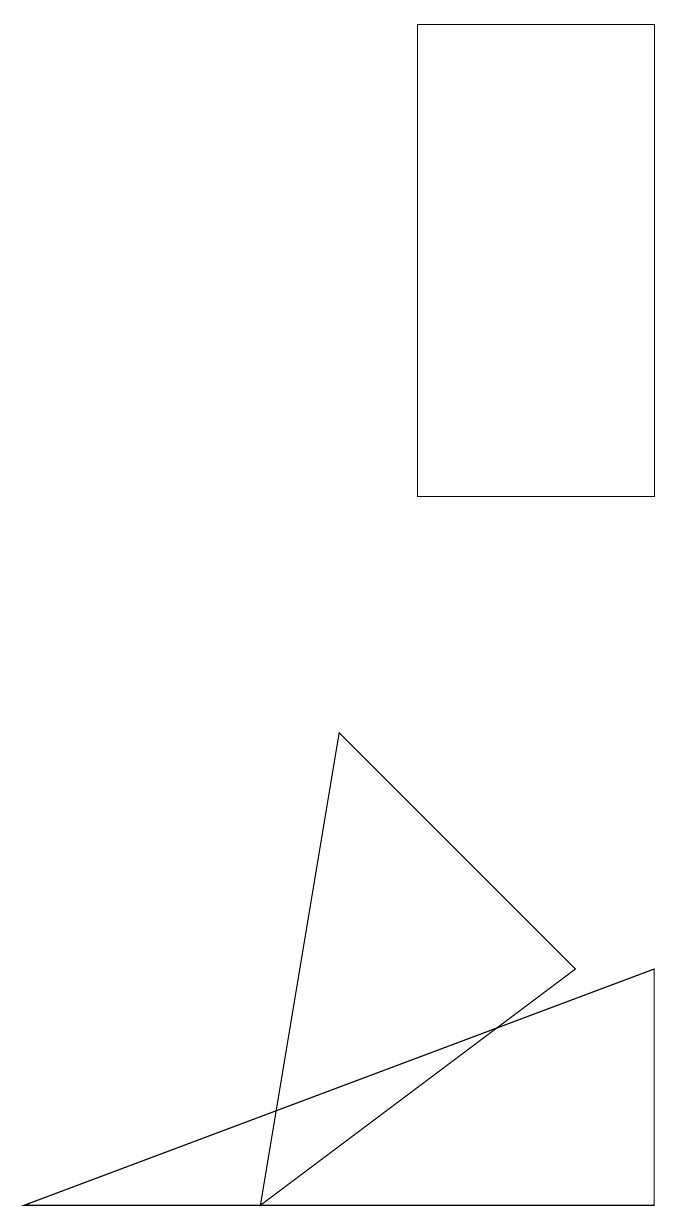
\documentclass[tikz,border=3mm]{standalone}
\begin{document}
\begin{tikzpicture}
\draw (1,3) -- (9,6) -- (9,3) -- cycle;
\draw (9,18) rectangle (6,12);
\draw (8,6) -- (4,3) -- (5,9) -- cycle;
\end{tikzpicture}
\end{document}